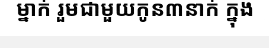
ម្នាក់ រួមជាមួយកូន៣នាក់ ក្នុង